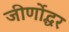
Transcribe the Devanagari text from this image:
जीर्णोद्धर